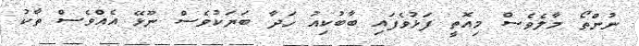
ނުންތޯ މާލެވެސް މިއޮތީ ފަޅުވެފައި ބާބުކިއު ހަދާ ބަޔަކުވެސް ނޫޅޭ އެއްވެސް ތާކު